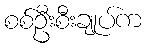
စစ်ဦးစီးချုပ်က